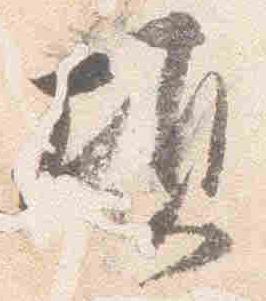
頃